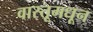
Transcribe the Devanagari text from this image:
वास्तूमधून